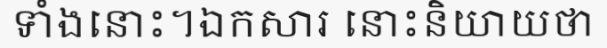
ទាំងនោះ។ឯកសារ នោះនិយាយថា